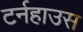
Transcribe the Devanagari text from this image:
टर्नहाउस